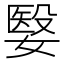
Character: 嫛